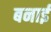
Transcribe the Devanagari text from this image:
बनार्इ